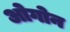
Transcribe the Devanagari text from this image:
ओगोन